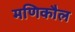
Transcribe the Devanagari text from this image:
मणिकौल